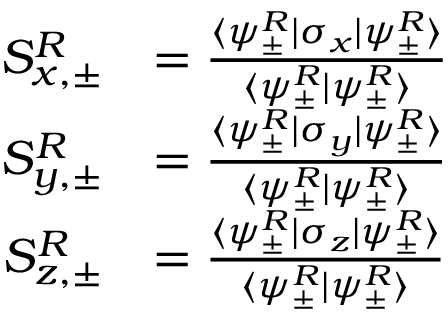
\begin{array} { r l } { S _ { x , \pm } ^ { R } } & { = \frac { \langle \psi _ { \pm } ^ { R } | \sigma _ { x } | \psi _ { \pm } ^ { R } \rangle } { \langle \psi _ { \pm } ^ { R } | \psi _ { \pm } ^ { R } \rangle } } \\ { S _ { y , \pm } ^ { R } } & { = \frac { \langle \psi _ { \pm } ^ { R } | \sigma _ { y } | \psi _ { \pm } ^ { R } \rangle } { \langle \psi _ { \pm } ^ { R } | \psi _ { \pm } ^ { R } \rangle } } \\ { S _ { z , \pm } ^ { R } } & { = \frac { \langle \psi _ { \pm } ^ { R } | \sigma _ { z } | \psi _ { \pm } ^ { R } \rangle } { \langle \psi _ { \pm } ^ { R } | \psi _ { \pm } ^ { R } \rangle } } \end{array}